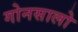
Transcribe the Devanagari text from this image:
गोनसालो